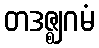
တဒဇ္ဈဂမံ